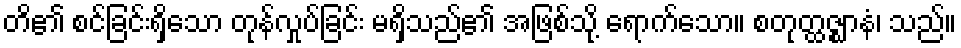
တိ၏ စင်ခြင်းရှိသော တုန်လှုပ်ခြင်း မရှိသည်၏ အဖြစ်သို့ ရောက်သော။ စတုတ္ထဇ္ဈာနံ၊ သည်။